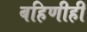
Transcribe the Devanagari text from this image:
बहिणीही